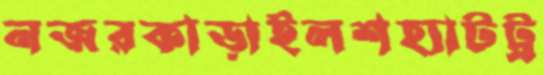
নজরকাড়াইলশহ্যাটট্র